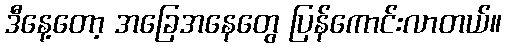
ဒီနေ့တော့ အခြေအနေတွေ ပြန်ကောင်းလာတယ်။